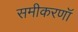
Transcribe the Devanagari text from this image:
समीकरणॉ